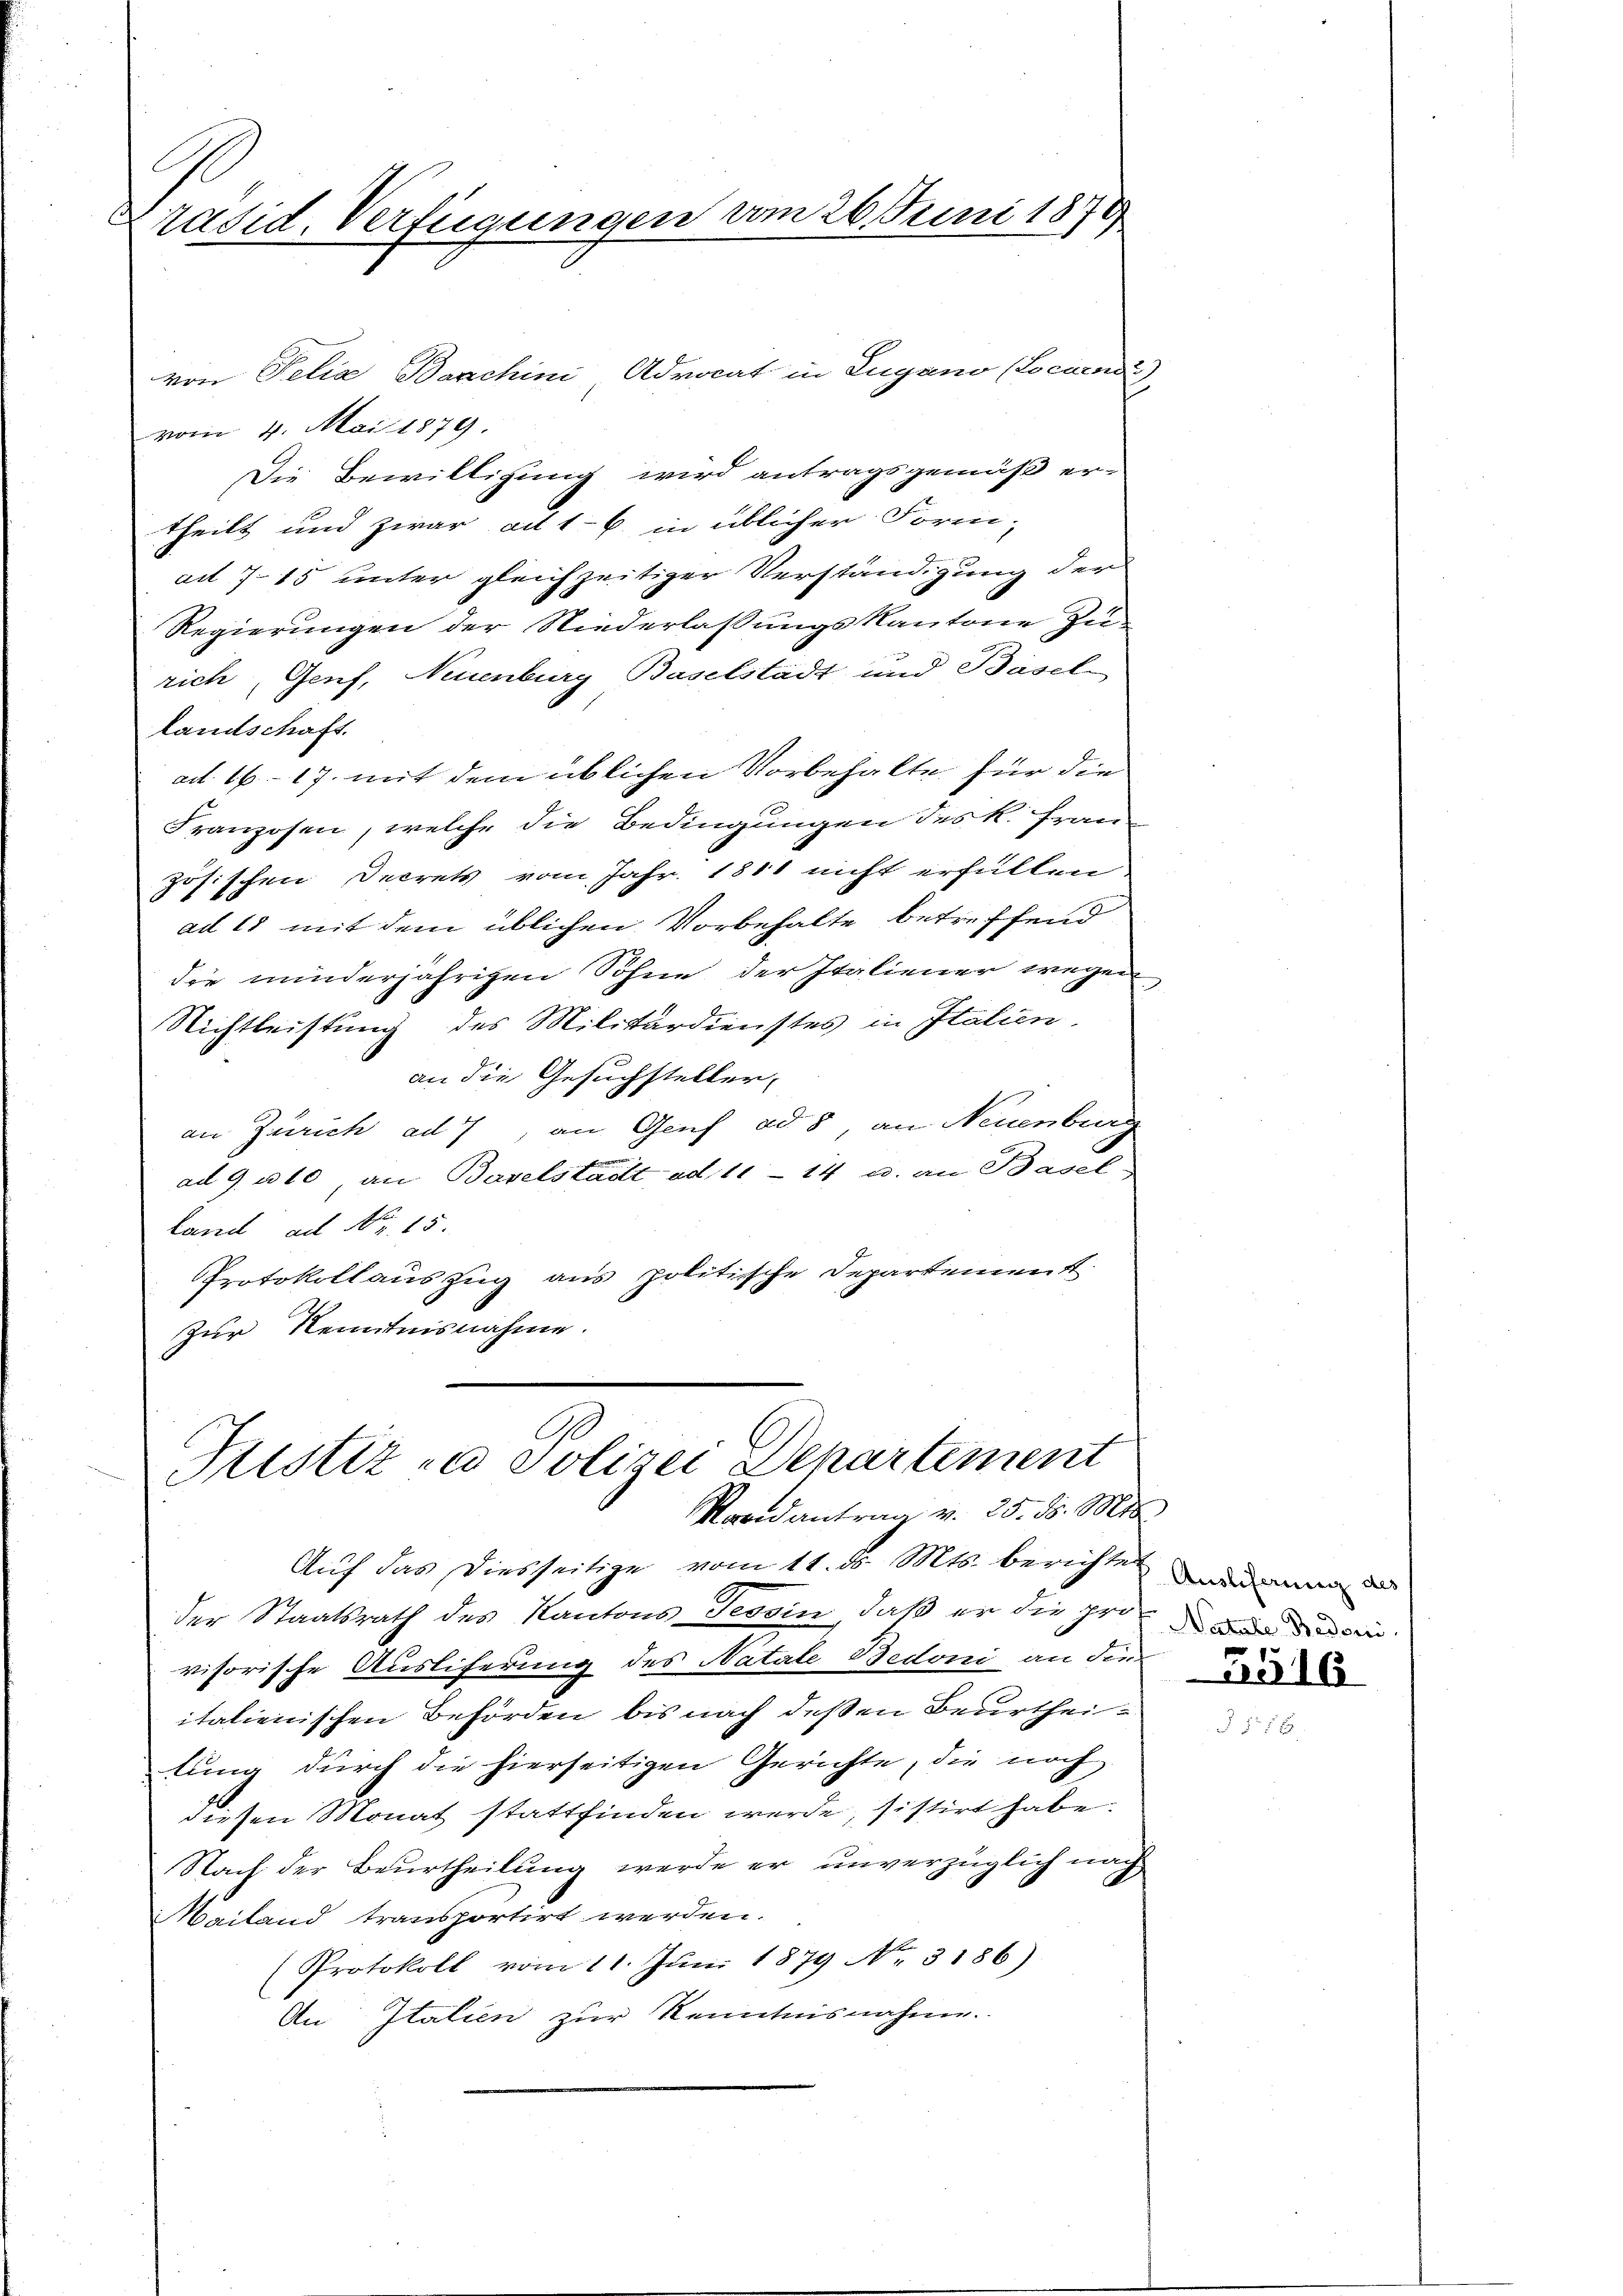
E
Präsid. Verfügungen vom 26. Juni 1874

von Felia Baschini, Advocat in Lugano (Locuendi
vom 4. Mai 1879
Die Bewilligung wird antragsgemäß er-
theilt und zwar ad 16. in üblicher Form-
ad 715 unter gleichzeitiger Verständigung der
Regierungen der Niederlassungskantone Zu-
rich, Genf, Neuenburg Baselstadt und Barcke
landschaft.
ad. 1617 mit dem üblichen Vorbehalte für die
Franzosen, welche die Bedingungen des K. Französischen Decrets vom Jahr 1811 nicht erfüllen
ad 15 mit dem üblichen Vorbehalte betreffend
die minderjährigen Söhne der Italiener wegen
Nichtleistung des Militärdienstes in Italien.
an die Gesuchsteller,
an Zürich ad 1, an Genf ad 8, an Neuenburg
ad 9. 110 an Baselstadt ad 11 - 14 u. an Basel-
Land ad Nr. 15.
Protokollauszug aus politische Departement.
zur Kenntnisnahme.

Justiz in Polizei Departement
Randantrag v. 25. d. Mts.

Auf das Diesseitige vom 11. ds. Mts. berichtet
der Staatsrath des Kantons Tessin, daß er die pro
visorische Ausliferung des Natale Bedoni an den
italienischen Behörden bis nach deßen Beurtheitung durch die hierseitigen Gerichte, die noch
diesen Monat stattfinden werde, sistirt habe.
Nach der Beurtheilung werde er unverzüglich nach
Mailand transportirt werden.
Protokoll vom 11. Jŭni 1879 No. 3186)
An Italien zur Kenntnisnahme.

Auslieferung des
Natale Bedoni
G516